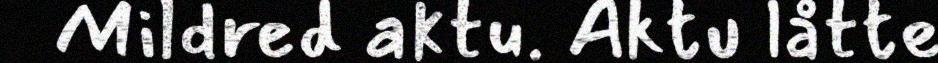
Mildred aktu. Aktu låtte